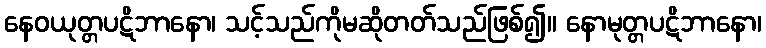
နေဝယုတ္တပဋိဘာနော၊ သင့်သည်ကိုမဆိုတတ်သည်ဖြစ်၍။ နောမုတ္တပဋိဘာနော၊